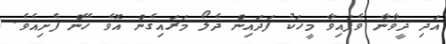
އަދި ދީވާނާ ވެފައިވާ މީހަކު ފަދައިން ދެލޯ މަރައިގެން އޮވެ ހޭން ފެށިއެވެ.